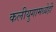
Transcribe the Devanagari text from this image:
कलीयुगामध्येही